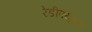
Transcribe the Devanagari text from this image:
रेडीफ्यूजन